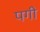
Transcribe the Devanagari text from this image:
पगी